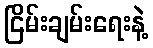
ငြိမ်းချမ်းရေးနဲ့